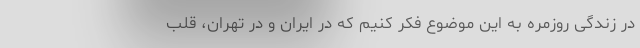
در زندگی روزمره به این موضوع فکر کنیم که در ایران و در تهران، قلب